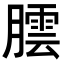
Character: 𮌻